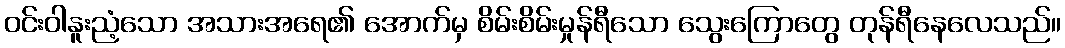
ဝင်းဝါနူးညံ့သော အသားအရေ၏ အောက်မှ စိမ်းစိမ်းမှုန်ရီသော သွေးကြောတွေ တုန်ရီနေလေသည်။